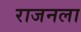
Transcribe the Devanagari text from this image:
राजनला